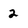
Character: 2